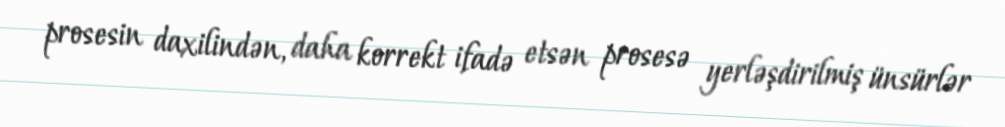
prosesin daxilindən, daha korrekt ifadə etsən prosesə yerləşdirilmiş ünsürlər